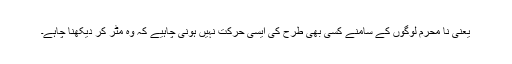
یعنی نا محرم لوگوں کے سامنے کسی بھی طرح کی ایسی حرکت نہیں ہونی چاہیے کہ وہ مٹر کر دیکھنا چاہے۔